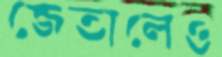
জেতালেও